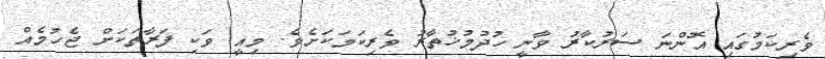
ވެރިކަމުގައި އޮންނަ ސަރުކާރު ވާނީ ހުދުމުޚުތާރު ވެރިކަމަކަށެވެ. މިއީ ވަކި ފަރާތަކަށް ޖެހުމެއް